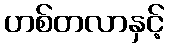
ဟစ်တလာနှင့်